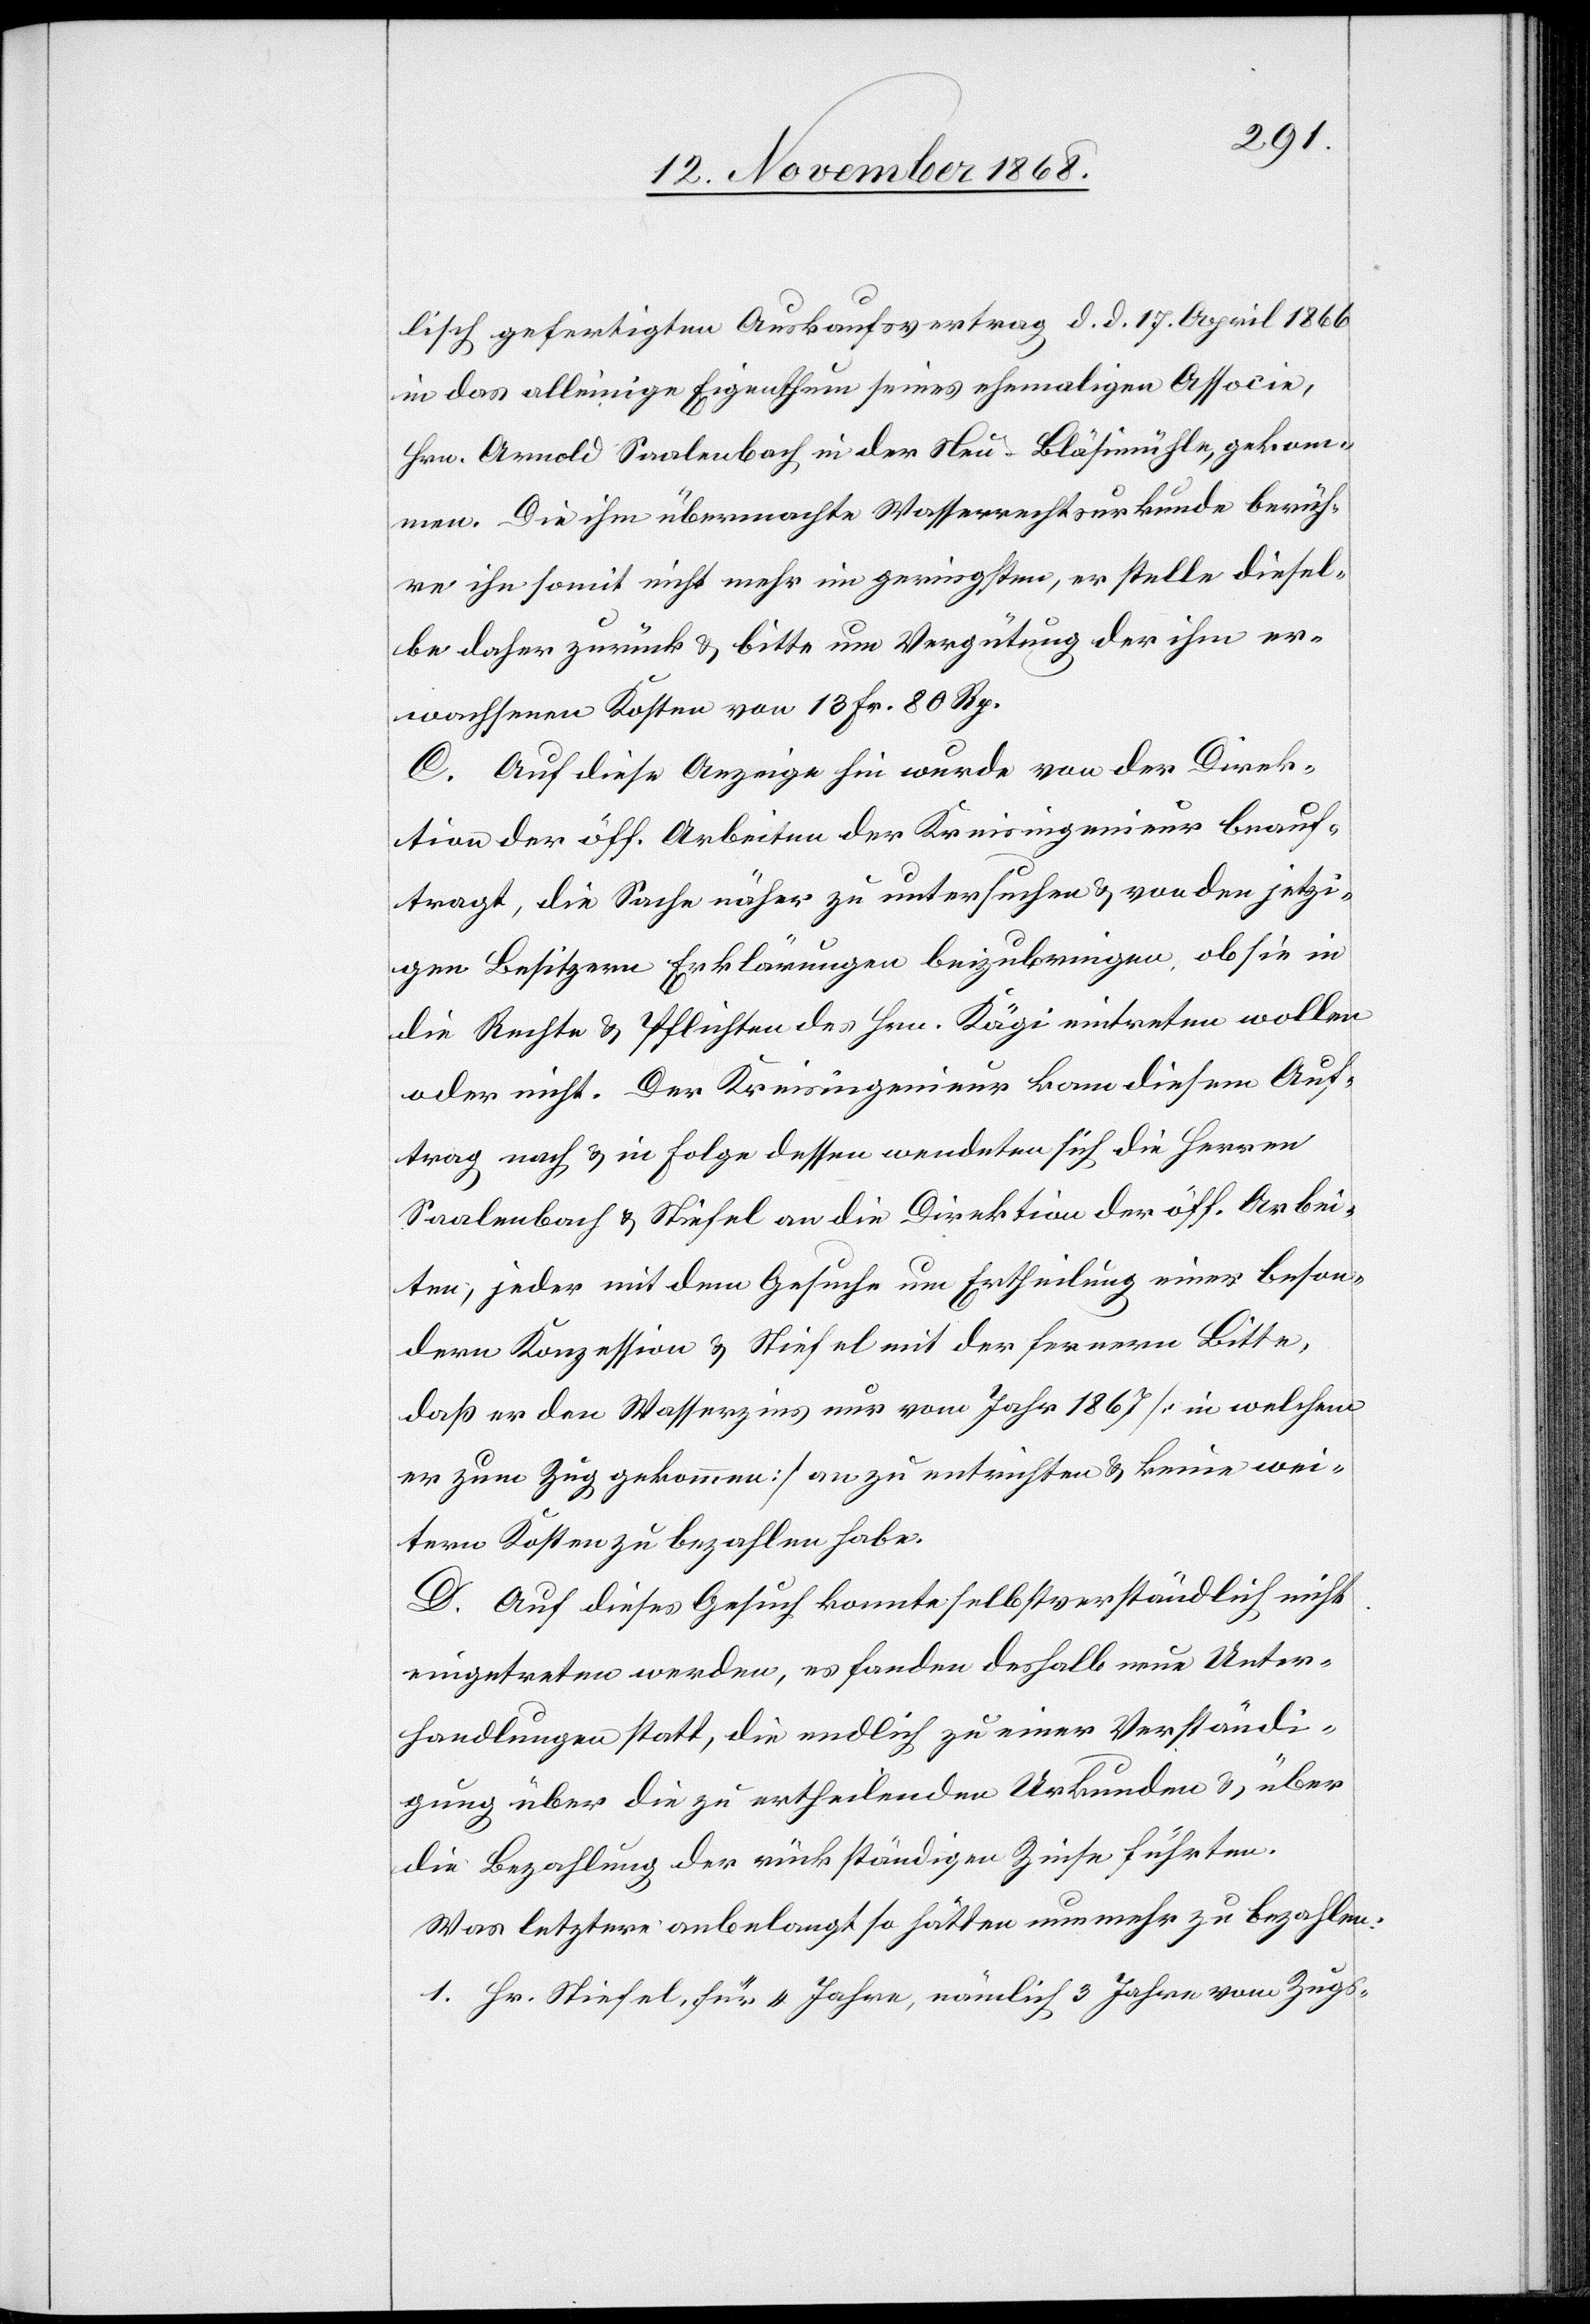
lisch gefertigten Auskaufsvertrag d. d. 17. April 1866
in das alleinige Eigenthum seines ehemaligen Associe,
Hrn. Arnold Saalenbach in der Neu-Bläsimühle, gekom¬
men. Die ihm übermachte Wasserrechtsurkunde berüh¬
re ihn somit nicht mehr im geringsten, er stelle diesel¬
be daher zurück & bitte um Vergütung der ihm er¬
wachsenen Kosten von 13 Fr. 80 Rp.
C. Auf diese Anzeige hin wurde von der Direk¬
tion der öff. Arbeiten der Kreisingenieur beauf¬
tragt, die Sache näher zu untersuchen & von den jetzi¬
gen Besitzern Erklärungen beizubringen, ob sie in
die Rechte & Pflichten des Hrn. Kägi eintreten wollen
oder nicht. Der Kreisingenieur kam diesem Auf¬
trag nach & in Folge dessen wendeten sich die Herren
Saalenbach & Stiefel an die Direktion der öff. Arbei¬
ten, jeder mit dem Gesuche um Ertheilung einer beson¬
dern Konzession & Stiefel mit der fernern Bitte,
daß er den Wasserzins nur vom Jahr 1867 [in welchem
er zum Zug gekommen] an zu entrichten & keine wei¬
tern Kosten zu bezahlen habe.
D. Auf dieses Gesuch konnte selbstverständlich nicht
eingetreten werden, es fanden deshalb neue Unter¬
handlungen statt, die endlich zu einer Verständi¬
gung über die zu ertheilenden Urkunden & über
die Bezahlung der rückständigen Zinse führten.
Was letztere anbelangt so hätten nunmehr zu bezahlen:
1. Hr. Stiefel, für 4 Jahre, nämlich 3 Jahre vom Zugs-